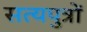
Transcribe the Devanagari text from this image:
सत्यपुत्रों